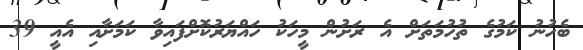
ބެހުނު ކަމުގެ ތުހުމަތަށް އެ ރަށުން މީހަކު ހައްޔަރުކޮށްފައިވާ ކަމަށާއި އެއީ 39